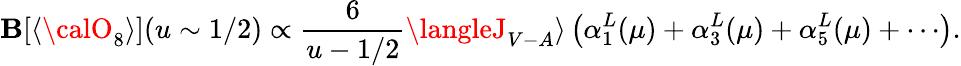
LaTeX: \mathbf{B}[\langle{\calO}_{8}\rangle](u\sim1/2)\propto\frac{{6}}{{u-1/2}}\langleJ_{V-A}\rangle\left(\alpha_{1}^{L}(\mu)+\alpha_{3}^{L}(\mu)+\alpha_{5}^{L}(\mu)+\cdots\right).